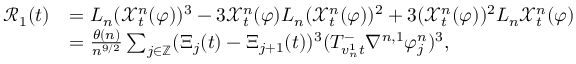
\begin{array} { r l } { \mathcal { R } _ { 1 } ( t ) } & { = L _ { n } ( \mathcal { X } _ { t } ^ { n } ( \varphi ) ) ^ { 3 } - 3 \mathcal { X } _ { t } ^ { n } ( \varphi ) L _ { n } ( \mathcal { X } _ { t } ^ { n } ( \varphi ) ) ^ { 2 } + 3 ( \mathcal { X } _ { t } ^ { n } ( \varphi ) ) ^ { 2 } L _ { n } \mathcal { X } _ { t } ^ { n } ( \varphi ) } \\ & { = \frac { \theta ( n ) } { n ^ { 9 / 2 } } \sum _ { j \in \mathbb { Z } } ( \Xi _ { j } ( t ) - \Xi _ { j + 1 } ( t ) ) ^ { 3 } ( T _ { v _ { n } ^ { 1 } t } ^ { - } \nabla ^ { n , 1 } \varphi _ { j } ^ { n } ) ^ { 3 } , } \end{array}